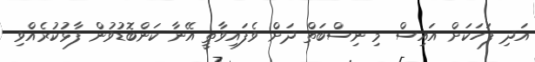
އަދި ފަހަކަށް އައިސް މި ނިސްބަތް ދަށް ވެފައިވާތީ އޭނާ ކަންބޮޑުވުން ފާޅުކުރެއްވި